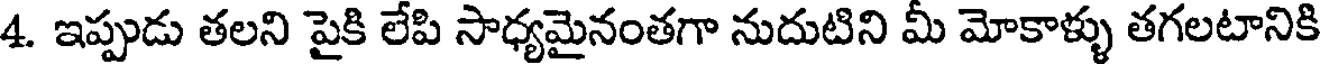
4. ఇప్పుడు తలని పైకి లేపి సాధ్యమైనంతగా నుదుటిని మీ మోకాళ్ళు తగలటానికి